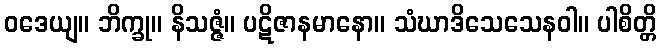
ဝဒေယျ။ ဘိက္ခု။ နိသဇ္ဇံ။ ပဋိဇာနမာနော။ သံဃာဒိသေသေနဝါ။ ပါစိတ္တိ